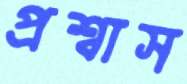
প্রশ্বাস